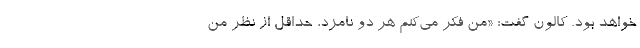
خواهد بود. کالون گفت: «من فکر می‌کنم هر دو نامزد، حداقل از نظر من